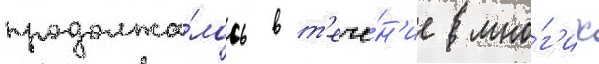
продолжа́лось в т'ече́н'ие мно́г'их